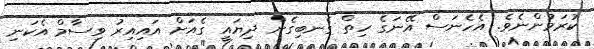
ކުރަމުންނެވެ. އެހެނަސް އޭނަގެ ހިތް ގެނބިގެން ދިޔައީ ގެއަށް އައިއިރު ވިސާމް އެކަނި